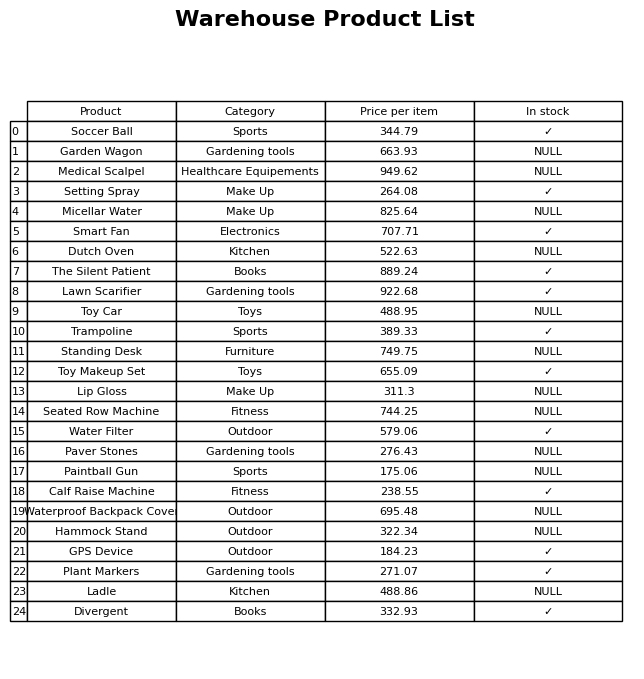
question: What is the price for Smart Fan?
answer: The price of Smart Fan is 707.71.